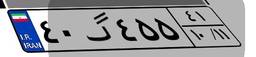
۴۰گ۴۵۵۴۱